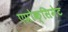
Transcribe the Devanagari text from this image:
एप्रोक्सिमेट